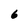
Character: 6